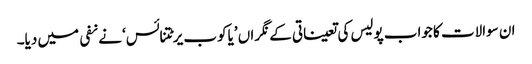
ان سوالات کا جواب پولیس کی تعیناتی کے نگراں ’یاکوب یرٹتنائس‘ نے نفی میں دیا۔